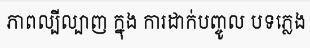
ភាពល្បីល្បាញ ក្នុង ការដាក់បញ្ចូល បទភ្លេង